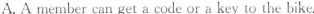
A. Amember can get a code or a key to the bike.